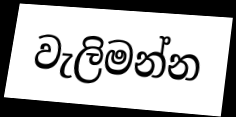
වැලිමන්න